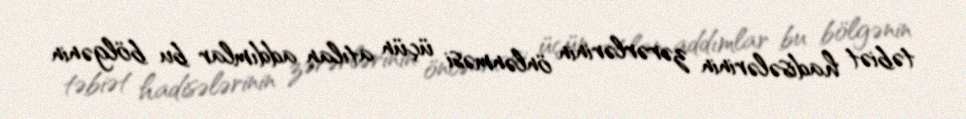
təbiət hadisələrinin zərərlərinin önlənməsi üçün atılan addımlar bu bölgənin